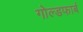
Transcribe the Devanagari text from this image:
गोल्डफार्ब